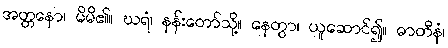
အတ္တနော၊ မိမိ၏။ ဃရံ၊ နန်းတော်သို့။ နေတွာ၊ ယူဆောင်၍။ ဓာတီနံ၊